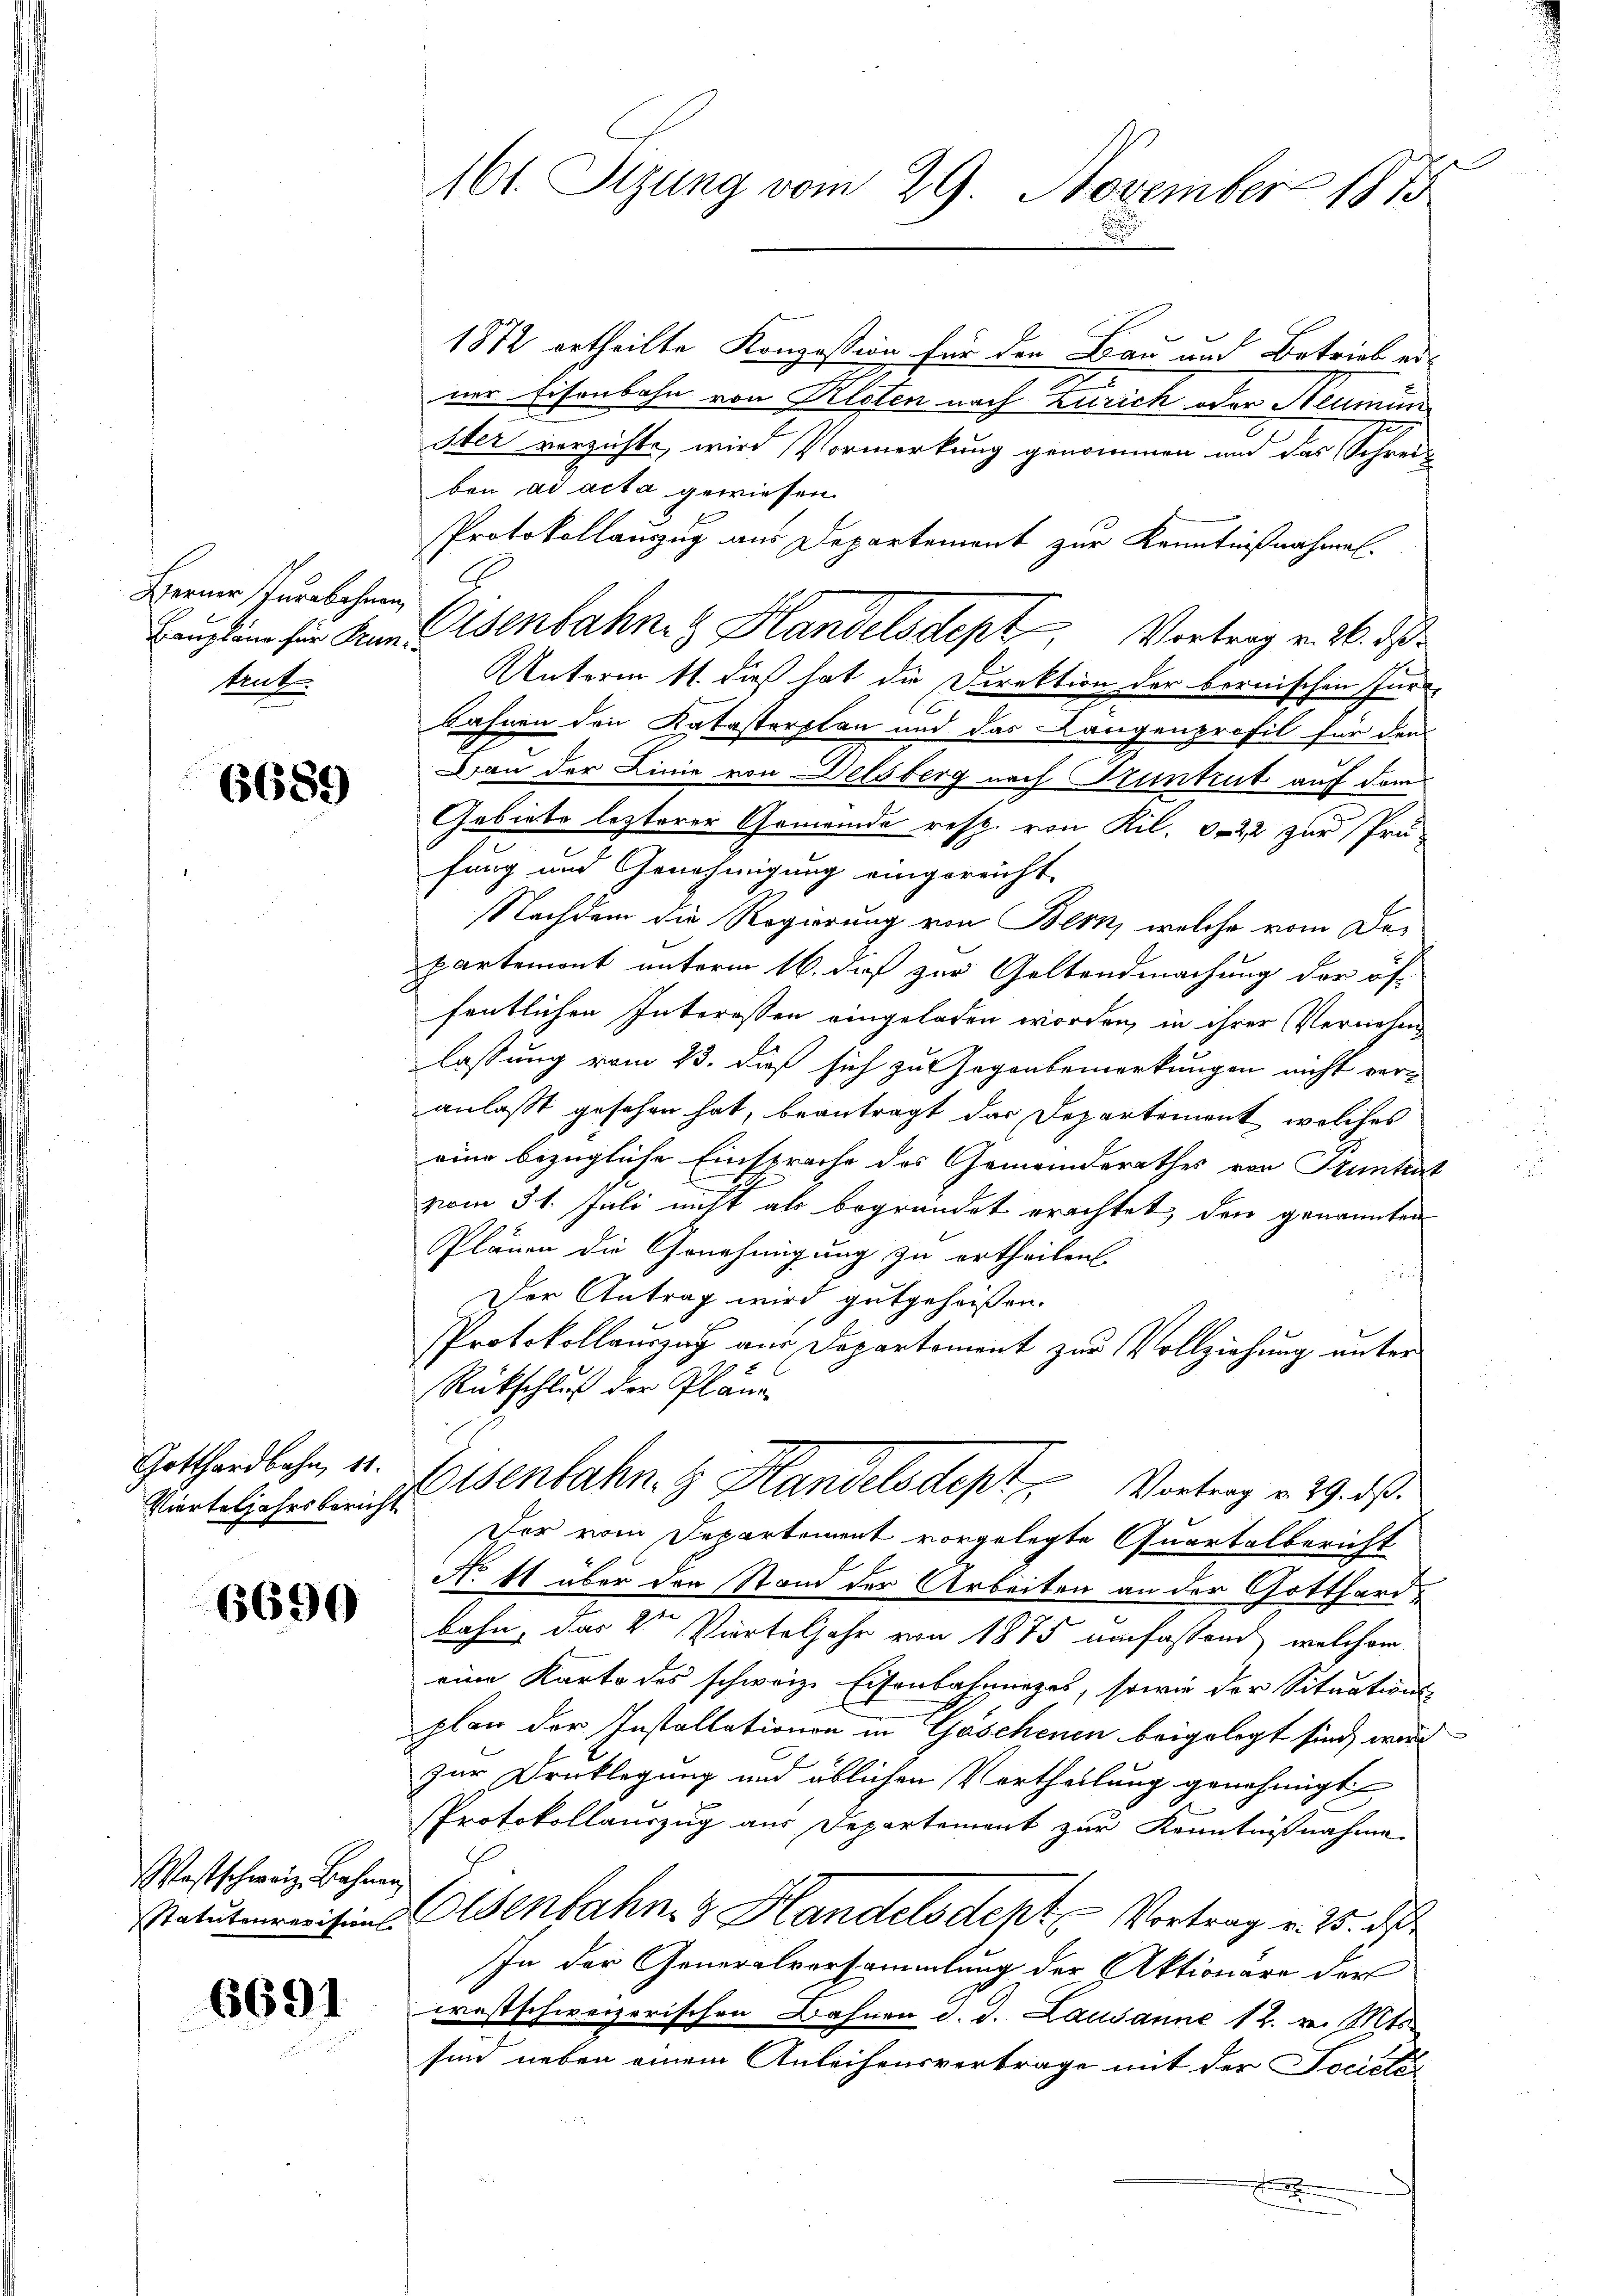
Ferner Turabohnen,
tet.

6689

Gotthardbahn, 11.
Vierteljahrsbericht

6690

Westschweiz, Bahnen
Statutenrevision

6691

161. Sizung vom 29. November 1875

1872 ertheilte Konzession für den Bau und Betrieb ers
ner Eisenbahn von Kloten nach Zürich oder Neumün¬
Ster vorzichte, wird Vormerkung genommen und das Schrei-
ben ad acta gewiesen.
Protokollauszug aus Departement zur Kenntnißnahmen.
Baupläne für den senbahne Handelsdept, Vortrag v. 26. ds
Unterm 11. dieß hat die Direktion der bernischen Furbahnen den Katasterplan und das Längenprofil für den
Dan der Linie von Delsberg nach Kuntrut auf dem
Gebiete lezterer Gemeinde resp. von Kil. 822 zur Prüfung und Genehmigung eingereicht.
Nachdem die Regierung von Bern, welche vom Departemont unterm 16. daß zur Geltendmachung der öf-
fentlichen Interessen eingeladen worden, in ihrer Vernahm
lassung vom 13. daß sich zu Gegenbemerkungen nicht veranlaßt gesehen hat, beantragt das Departement, welches
eine bezügliche Einsprache des Gemeinderathes vor Prunter
vom 31. Juli nicht als begründet erachtet, den genannten
Plänen die Genehmigung zu ertheilen
Der Antrag wird gutgeheißen.
Protokollauszug aus Departement zur Vollziehung unter
Rückschluß der Pläne
Eisenbahn H. Handelsdept Vortrag v. 29. ds.
Der vom Departement vorgelegte Quartalbericht
No 11 über den Stand der Arbeiten an der Gotthardn
bahn, das V. Vierteljahr von 1875 umfassend, welchem
eine Karto des schweiz. Eisenbahnunges, sowie der Situations
plan der Installationen in Göschenen beigelegt sind, wird
zur Drucklegung und üblichen Vortheilung genehmigt
PProtokollauszug aus Departement zur Kenntnißnahme
Elsenbahn & Handelsdept Vortrag v. 25. d
In der Generalversammlung der Aktionäre der
westschweizerischen Bahnen d. d. Lausanne 12. v. Mts.
sind neben einem Anleihensvertrage mit der Société

.